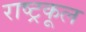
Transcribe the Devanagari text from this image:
राष्ट्रकूल